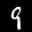
Label: 9